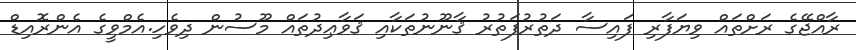
ރާއްޖޭގެ ރަށްތައް ވިޔަފާރި ފައިސާ ދަތުރުފަތުރު ޤާނޫނުތަކާއި ޤަވާޢިދުތައް މޫސުން ދިވެހި.އެމްވީގެ އެންރޮއިޑް